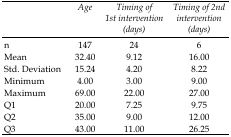
<table><thead><tr><td></td><td><b>Age</b></td><td><b>Timing of 1st intervention (days)</b></td><td><b>Timing of 2nd intervention (days)</b></td></tr></thead><tbody><tr><td>n</td><td>147</td><td>24</td><td>6</td></tr><tr><td>Mean</td><td>32.40</td><td>9.12</td><td>16.00</td></tr><tr><td>Std. Deviation</td><td>15.24</td><td>4.20</td><td>8.22</td></tr><tr><td>Minimum</td><td>4.00</td><td>3.00</td><td>9.00</td></tr><tr><td>Maximum</td><td>69.00</td><td>22.00</td><td>27.00</td></tr><tr><td>Q1</td><td>20.00</td><td>7.25</td><td>9.75</td></tr><tr><td>Q2</td><td>35.00</td><td>9.00</td><td>12.00</td></tr><tr><td>Q3</td><td>43.00</td><td>11.00</td><td>26.25</td></tr></tbody></table>